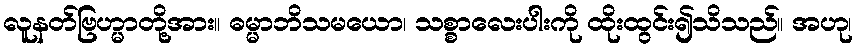
လူနတ်ဗြဟ္မာတို့အား။ ဓမ္မာဘိသမယော၊ သစ္စာလေးပါးကို ထိုးထွင်း၍သိသည်။ အဟု၊